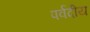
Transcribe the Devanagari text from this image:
पर्वदीय